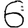
Digit: 6